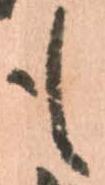
も